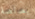
بصلصة